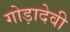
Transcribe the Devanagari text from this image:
गोड़ादेवी